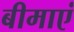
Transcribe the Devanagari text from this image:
बीमाएं